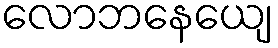
လောဘနေယျေ